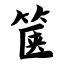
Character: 箧